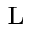
_ \mathrm { L }